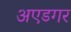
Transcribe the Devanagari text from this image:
अएडगर